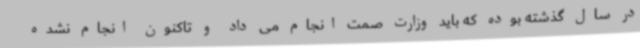
در سال گذشته بوده که باید وزارت صمت انجام می داد و تاکنون انجام نشده